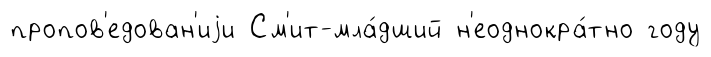
пропов'едован'иjи См'ит-мла́дший н'еоднокра́тно году